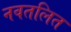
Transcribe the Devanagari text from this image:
नवतलित